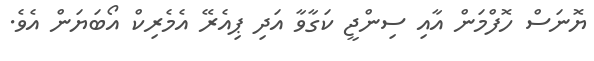
ޔޮނަސް ހޮފްމަން އާއި ސިންޖީ ކަގާވާ އަދި ޕިއެރޭ އެމެރިކް އޯބަޔަން އެވެ.